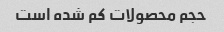
حجم محصولات کم شده است